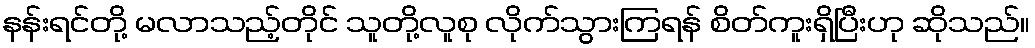
နန်းရင်တို့ မလာသည့်တိုင် သူတို့လူစု လိုက်သွားကြရန် စိတ်ကူးရှိပြီးဟု ဆိုသည်။